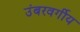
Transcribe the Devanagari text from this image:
उंबरवर्गीय